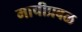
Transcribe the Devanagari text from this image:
माचीप्रबळ